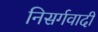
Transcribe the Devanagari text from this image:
निसर्गवादी